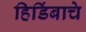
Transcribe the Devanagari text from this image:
हिडिंबाचे